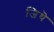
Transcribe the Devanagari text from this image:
जिथॆ